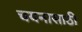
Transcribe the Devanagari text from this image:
चयनासाठी